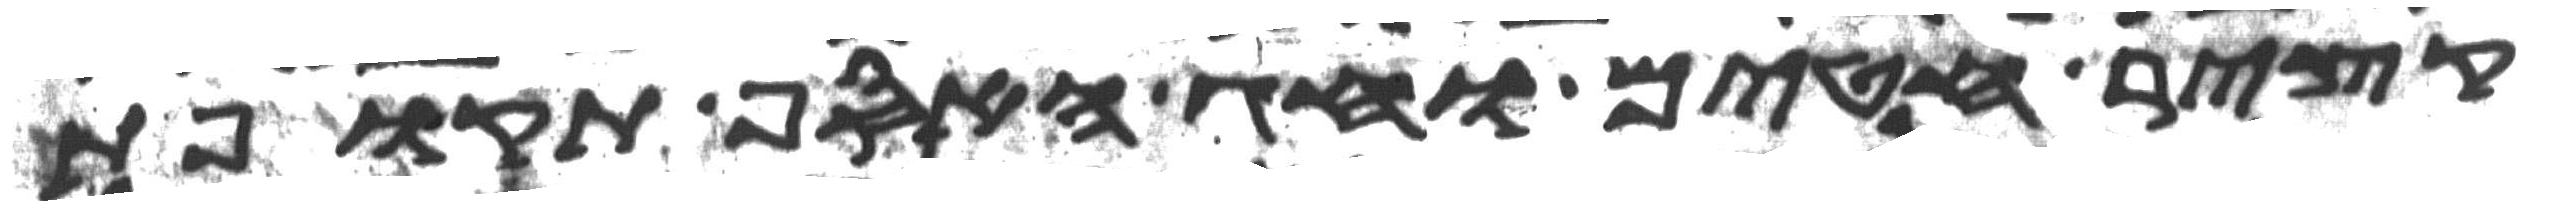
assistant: קציר חטים וחג האסף תקופת